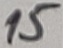
Text: 15